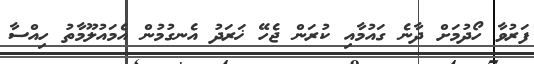
ފަރުވާ ހޯދުމަށް ދާނެ ގައުމާއި ކުރަން ޖެހޭ ޚަރަދު އެނގުމުން އެމައުލޫމާތު ހިއްސާ